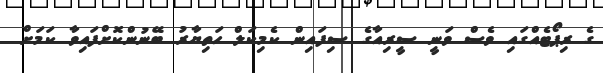
ގެ ރިޕޯޓެއްގައި ވެސް ވަނީ ސީރިއާގެ ސިފައިން ކެމިކަލް ހަތިޔާރު ބޭނުންކޮށްފައިވާ ކަމަށް